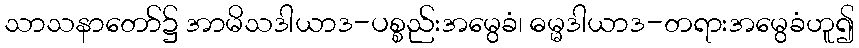
သာသနာတော်၌ အာမိသဒါယာဒ-ပစ္စည်းအမွေခံ၊ ဓမ္မဒါယာဒ-တရားအမွေခံဟူ၍